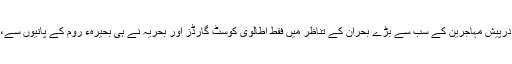
اس ادارے کے مطابق دوسری عالمی جنگ کے بعد یورپ کو درپیش مہاجرین کے سب سے بڑے بحران کے تناظر میں فقط اطالوی کوسٹ گارڈز اور بحریہ نے ہی بحیرہء روم کے پانیوں سے، گزشتہ ایک دہائی کے دوران، قریب آٹھ ہزار لاشیں نکالی ہیں۔